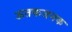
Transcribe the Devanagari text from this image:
ऊतकजनक